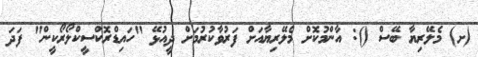
(ށ) މެލޭރިޔާ ބޭސް (): އާންމުކޮށް މެލޭރިޔާއަށް ފަރުވާކުރުމަށް ދީއުޅޭ "ހައިޑްރޮކްސީކްލޯރޯކީން" ފަދަ